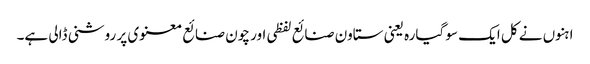
ا ہنوں نے کل ایک سو گیارہ یعنی ستاون صنائع لفظی اور چون صنائع معنوی پر روشنی ڈالی ہے۔